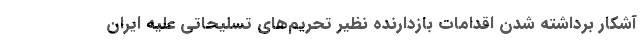
آشکار برداشته شدن اقدامات بازدارنده نظیر تحریم‌های تسلیحاتی علیه ایران